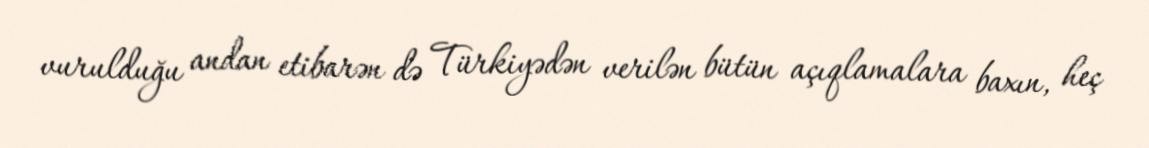
vurulduğu andan etibarən də Türkiyədən verilən bütün açıqlamalara baxın, heç